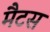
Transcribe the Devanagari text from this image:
मैटस